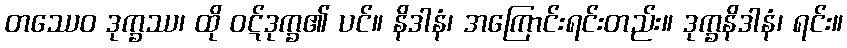
တဿေဝ ဒုက္ခဿ၊ ထို ဝဋ်ဒုက္ခ၏ ပင်။ နိဒါနံ၊ အကြောင်းရင်းတည်း။ ဒုက္ခနိဒါနံ၊ ရင်း။